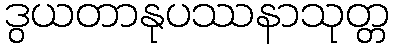
ဒွယတာနုပဿနာသုတ္တ